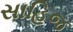
સાહિજ